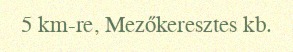
5 km-re, Mezőkeresztes kb.